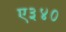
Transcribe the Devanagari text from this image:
ए३४०